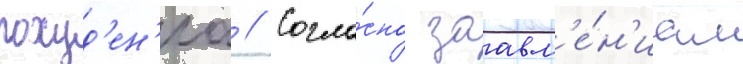
похуд'ен'иа // Согла́сно заавл'е́н'иам